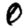
Digit: 0